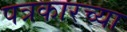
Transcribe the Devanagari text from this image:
पत्रकारच्या